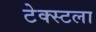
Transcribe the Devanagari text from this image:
टेक्स्टला